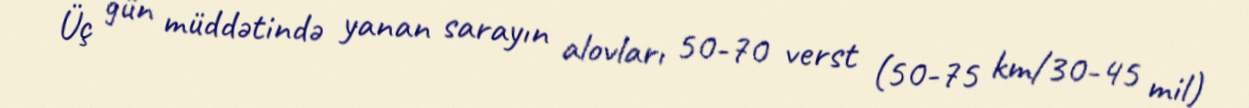
Üç gün müddətində yanan sarayın alovları 50-70 verst (50-75 km/30-45 mil)